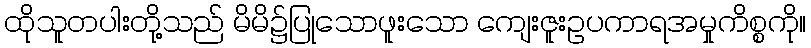
ထိုသူတပါးတို့သည် မိမိ၌ပြုသောဖူးသော ကျေးဇူးဥပကာရအမှုကိစ္စကို။